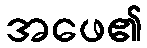
အဖေ၏